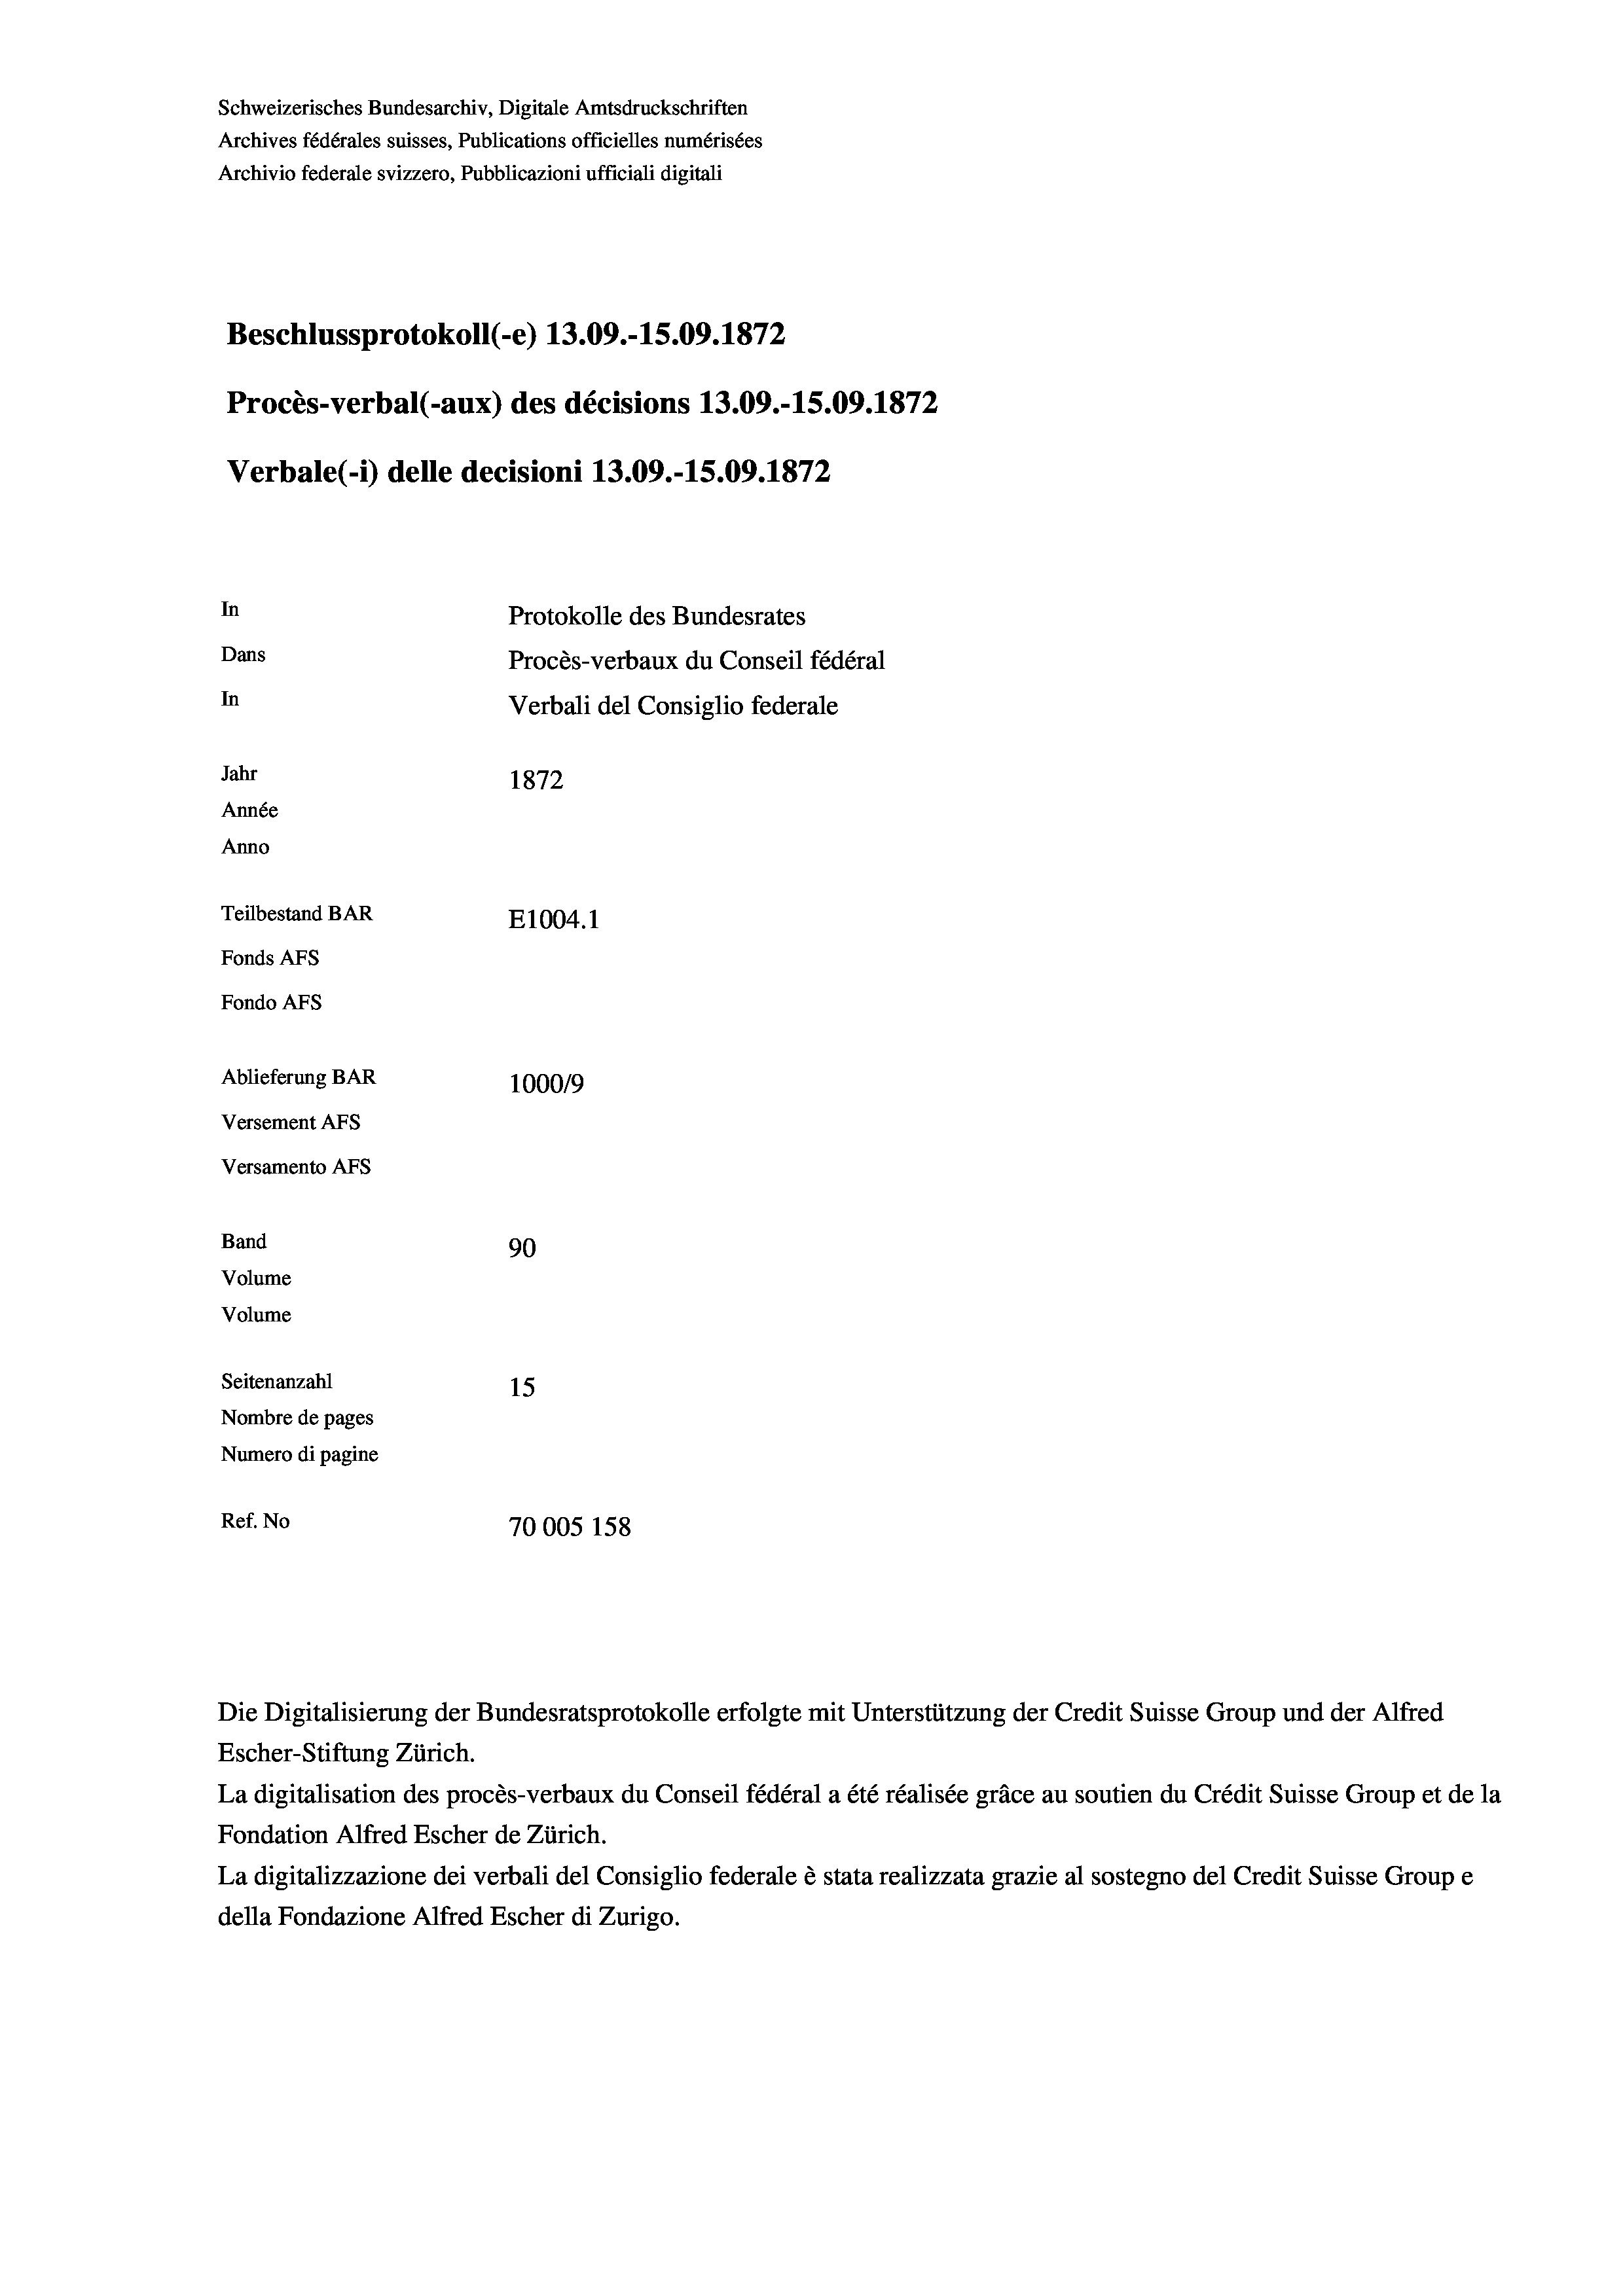
Schweizerisches Bundesarchiv, Digitale Amtsdruckschriften
Archives fédérales suisses, Publications officielles numérisées
Archivio federale svizzero, Pubblicazioni ufficiali digitali
Beschlussprotokoll (-e) 13.09.-15.09. 1872
Procès-verbal (-aux) des décisions 13.09.-15.09. 1872
Verbale(-*) delle decisioni 13.09.-15.09. 1872
In
Protokolle des Bundesrates
Dans
Procès-verbaux du Conseil fédéral
In
Verbali del Consiglio federale
Jahr
1872
Année
Anno
Teilbestand BAR
E1004. 1
Fonds AFs
Fondo Afs
Ablieferung BAR
100019
Versement AFs
Versamento AFs
Band
90
Volume
Volume
Seitenanzahl
15
Nombre de pages
Numero di pagine
Ref. No
70005 158

Die Digitalisierung der Bundesratsprotokolle erfolgte mit Unterstützung der Credit Suisse Group und der Alfred
Escher-Stiftung Zürich.
La digitalisation des procès-verbaux du Conseil fédéral a été réalisée gräce au soutien du Crédit Suisse Group et de la
Fondation Alfred Escher de Zürich.
La digitalizzazione dei verbali del Consiglio federale è stata realizzata grazie al sostegno del Credit Suisse Groupe
della Fondazione Alfred Escher di Zurigo.